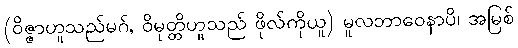
(ဝိဇ္ဇာဟူသည်မဂ်, ဝိမုတ္တိဟူသည် ဖိုလ်ကိုယူ) မူလဘာဝေနာပိ၊ အမြစ်